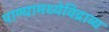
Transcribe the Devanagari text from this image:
पाण्यामध्येविद्राव्य